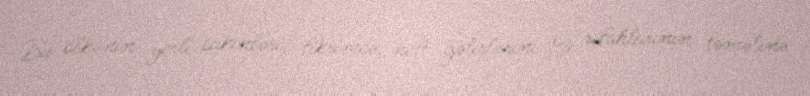
Bu ölkənin yerli sakinləri, fikrimcə, neft gəlirlərini öz rifahlarının təməlinə